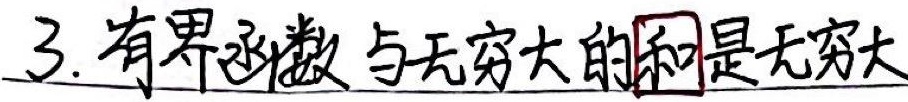
3. 有界函数与无穷大的和是无穷大